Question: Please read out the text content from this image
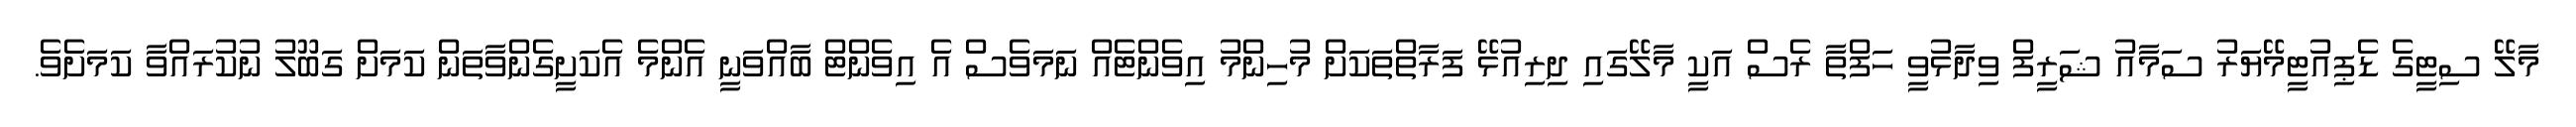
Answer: މާލޭ ސިޓީގެ ޑެޕިއުޓީމޭޔަރު ސަމާއު ޝަރީފް ވިދާޅުވީ ހަފްތާ ރެސް އަކީ މާލޭގައި ދިރިއުޅޭ ފަރާތްތަކަށް މުހިންމު އިވެންޓެއް ނަމަވެސް އެ އިވެންޓް ބާއްވަނީ އެންމެ އެކަށީގެންވާތަން ކަމަށް ގަބޫލު ނުކުރައްވާ ކަމަށެވެ.